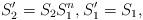
LaTeX: \begin{align*}S'_2=S_2 S^{n}_1,S'_1=S_1,\end{align*}